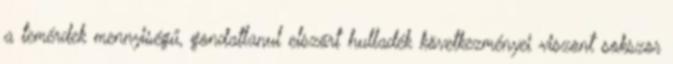
a temérdek mennyiségű, gondatlanul elszórt hulladék következményei viszont sokszor